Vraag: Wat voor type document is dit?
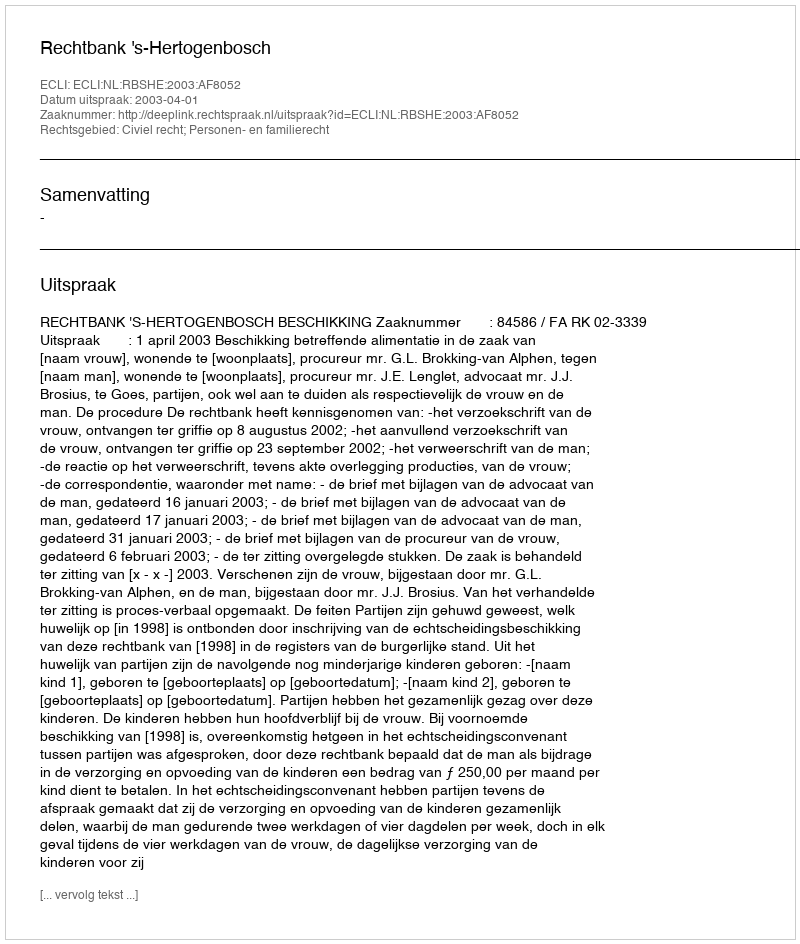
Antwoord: Uitspraak